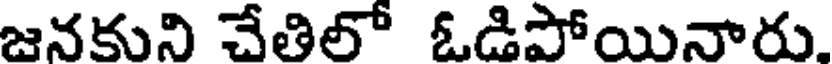
జనకుని చేతిలో ఓడిపోయినారు.